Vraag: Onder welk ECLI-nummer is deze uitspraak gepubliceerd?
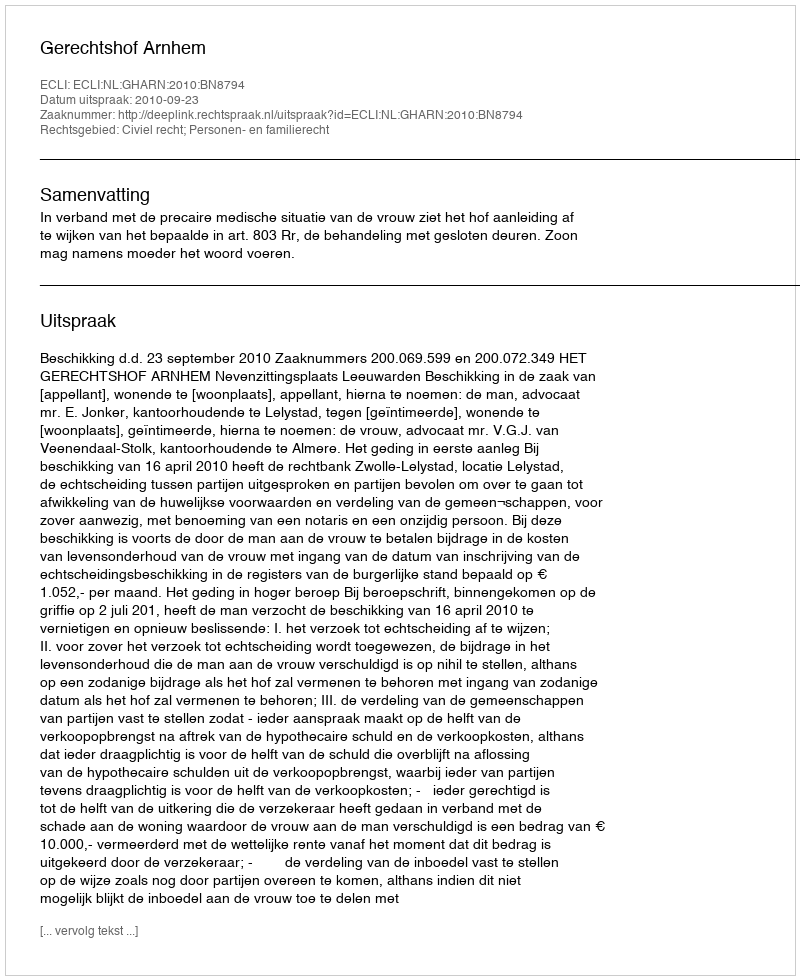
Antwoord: ECLI:NL:GHARN:2010:BN8794